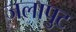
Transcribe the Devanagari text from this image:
जलापुट